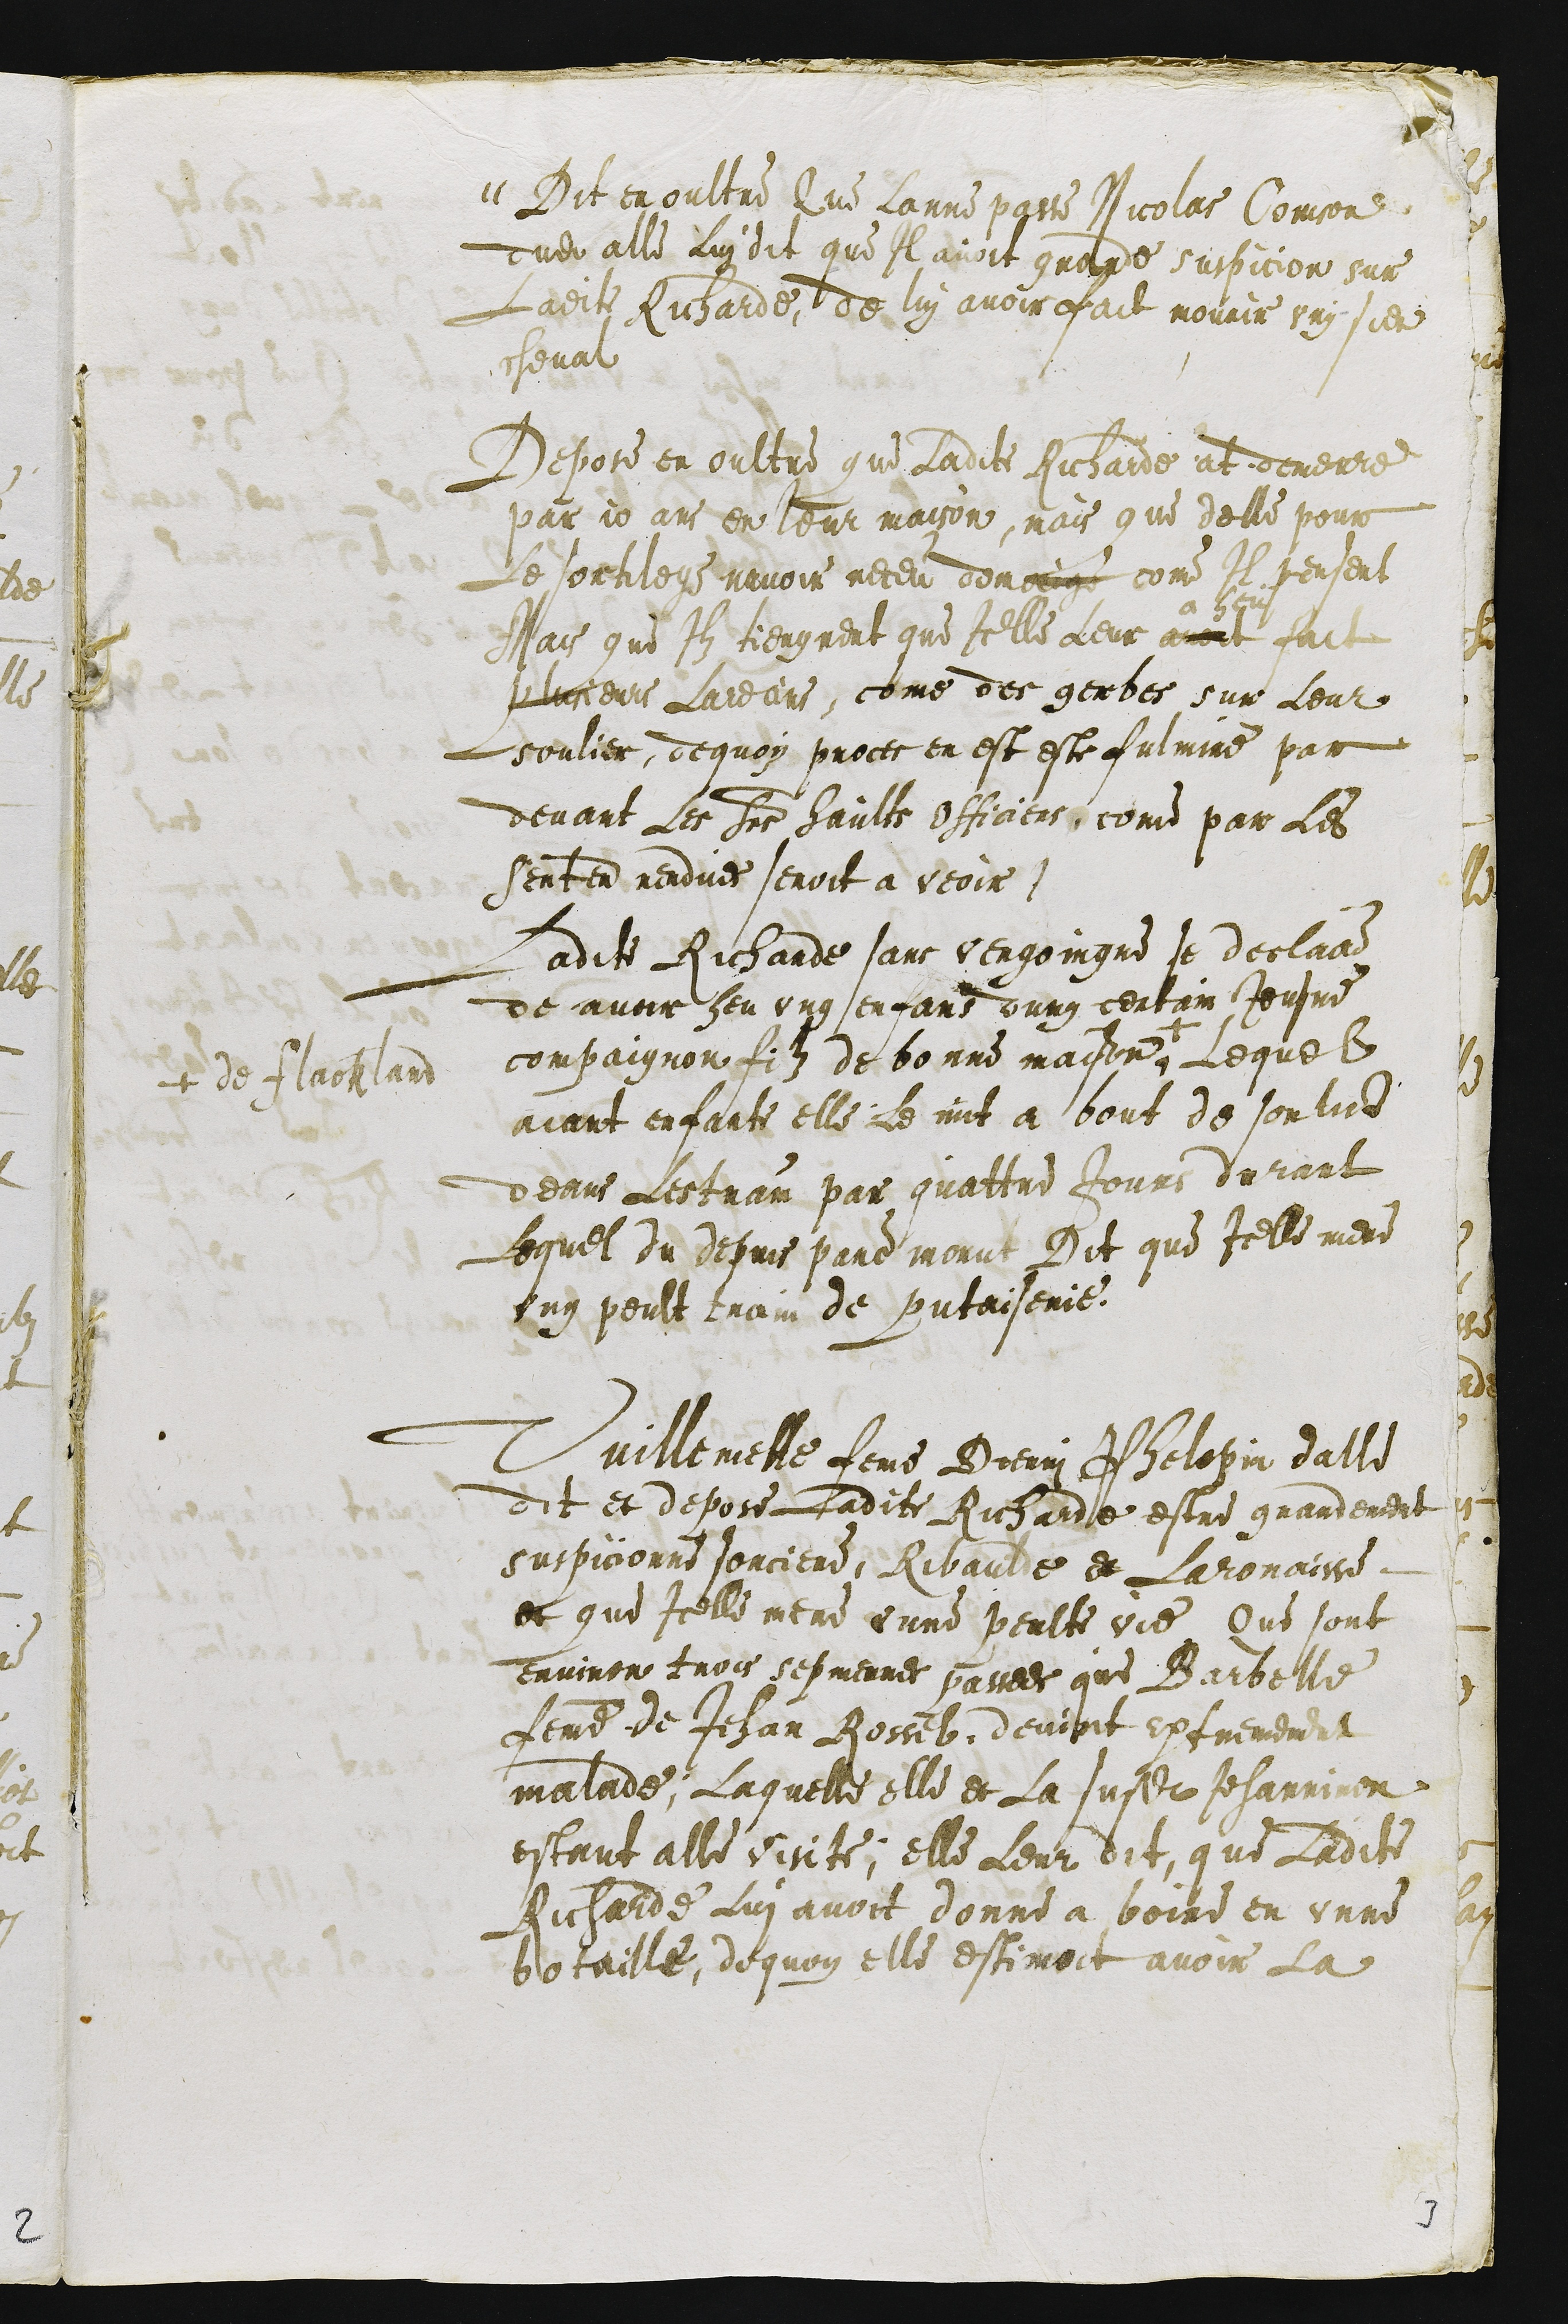
Dit en oultre Que Lanne passe Nicolas Coinson
dudit alle Lui dit que Il avoit grande suspicion sur
Ladite Richarde de lui avoir fait mourir ung sien
cheval
Depose en oultre que ladite Richarde at demeure
par 10 ans en leur maison, mais que delle pour
Le sortilege navoir receu domaige come Il pensent
Mais que Ilz tiengnent que Icelle Leur avoit fait
plusieurs Larecins, come des gerbes sur Leur
soulier, dequoy proces en est este fulmine par
devant Les Sieurs haults Officiers, come par Les
sentences rendues seroit a veoir.
Ladite Richarde sans vergoingne se declare
de avoir heu ung enfans dung certain Jeusne
compaignon filz de bonne maison +
+ de Flackland
Lequel
aiant enfante elle Le mit a bout de son lict
deans Lestrain par quattre Jours durant
Lequel du depuis pare morut Dit que Icelle mene
ung peult train de putaiserie.
Vuillemette femme Dienni Phelepin dalle
dit et depose Ladite Richarde estre grandement
suspicionne sorciere, Ribaulde et Laronaisse
et que Icelle mene unne peulte vie Que sont
environ trois sepmennes passees que Barbelle
femme de Jehan Rossel devint extremement
malade, Laquelle elle et La susdite Jehanniron
estant alle visite, elle Leur dit que Ladite
Richarde Lui avoit donne a boire en unne
botaille, dequoy elle estimoit avoir la